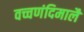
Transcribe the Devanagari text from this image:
वच्चणंदिमालै